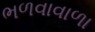
ભળવાવાળા